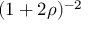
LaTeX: ( 1 + 2 \rho ) ^ { - 2 }